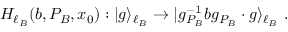
H _ { \ell _ { B } } ( b , P _ { B } , x _ { 0 } ) : | g \rangle _ { \ell _ { B } } \to | g _ { P _ { B } } ^ { - 1 } b g _ { P _ { B } } \cdot g \rangle _ { \ell _ { B } } ~ .